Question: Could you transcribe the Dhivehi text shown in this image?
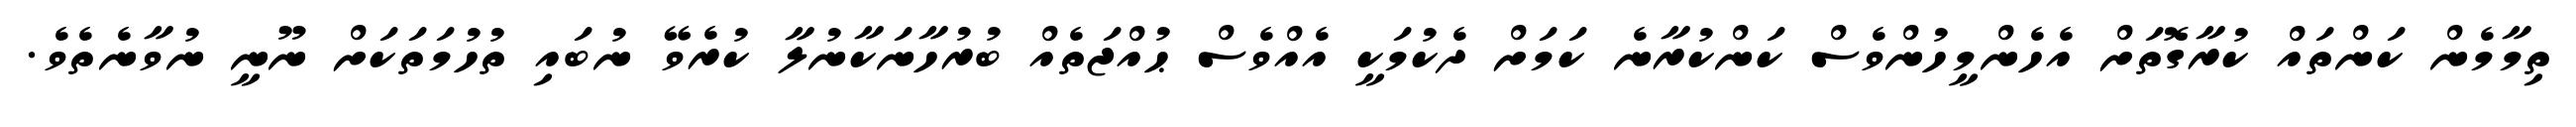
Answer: ތިމާމެން ކަންތައް ކުރާގޮތަށް އެހެންމީހުންވެސް ކަންކުރާނެ ކަމަށް ދެކުމަކީ އެއްވެސް ޙުއްޖަތެއް ބުރުހާނަކާނުލާ ކުރެވޭ ނުބައި ތުހުމަތަކަށް ނޫނީ ނުވާނެތެވެ.